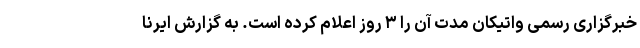
خبرگزاری رسمی واتیکان مدت آن را ۳ روز اعلام کرده است. به گزارش ایرنا